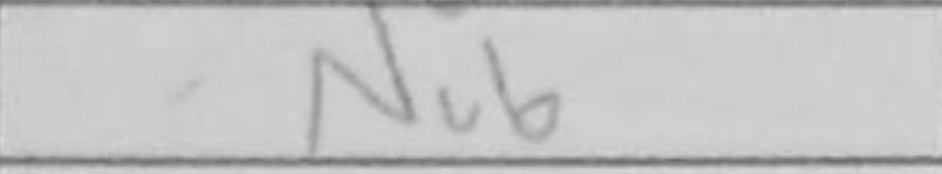
Transcription: Nc6